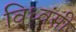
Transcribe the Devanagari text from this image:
विध्वंसी